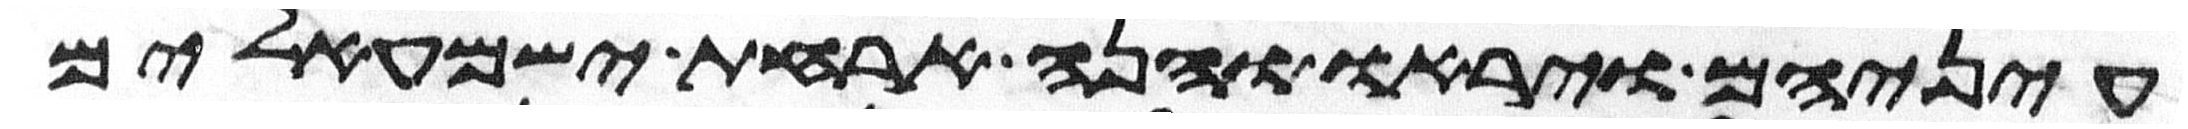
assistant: עיניהם ויראו והנה ארחת ישמעאלים